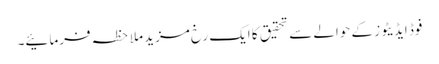
فوڈ ایڈیٹوز کے حوالے سے تحقیق کا ایک رخ مزید ملاحظہ فرمائیے۔